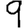
Digit: 9